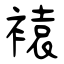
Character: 褤